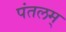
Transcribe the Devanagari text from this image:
पंतलम्